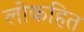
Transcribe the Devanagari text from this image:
लोकहित